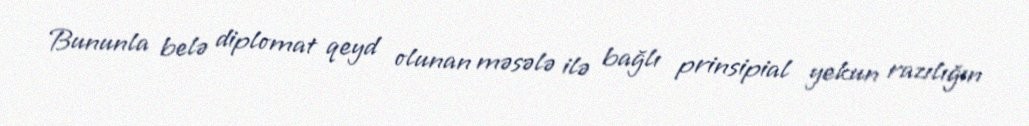
Bununla belə diplomat qeyd olunan məsələ ilə bağlı prinsipial yekun razılığın